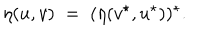
\eta ( u , v ) \; = \; ( \eta ( v ^ { \star } , u ^ { \star } ) ) ^ { \star } .